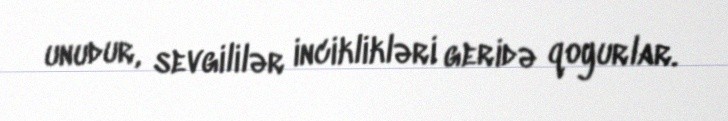
unudur, sevgililər inciklikləri geridə qoyurlar.